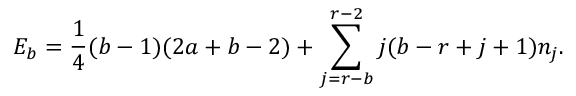
E _ { b } = \frac { 1 } { 4 } ( b - 1 ) ( 2 a + b - 2 ) + \sum _ { j = r - b } ^ { r - 2 } j ( b - r + j + 1 ) n _ { j } .